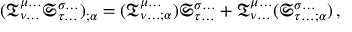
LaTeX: ( { \mathfrak { T } } _ { \nu \dots } ^ { \mu \dots } { \mathfrak { S } } _ { \tau \dots } ^ { \sigma \dots } ) _ { ; \alpha } = ( { \mathfrak { T } } _ { \nu \dots ; \alpha } ^ { \mu \dots } ) { \mathfrak { S } } _ { \tau \dots } ^ { \sigma \dots } + { \mathfrak { T } } _ { \nu \dots } ^ { \mu \dots } ( { \mathfrak { S } } _ { \tau \dots ; \alpha } ^ { \sigma \dots } ) \, ,